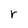
Character: r